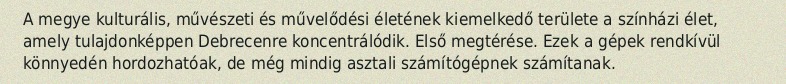
A megye kulturális, művészeti és művelődési életének kiemelkedő területe a színházi élet, amely tulajdonképpen Debrecenre koncentrálódik. Első megtérése. Ezek a gépek rendkívül könnyedén hordozhatóak, de még mindig asztali számítógépnek számítanak.